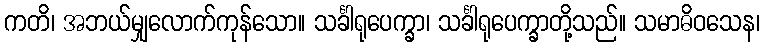
ကတိ၊ အဘယ်မျှလောက်ကုန်သော။ သင်္ခါရုပေက္ခာ၊ သင်္ခါရုပေက္ခာတို့သည်။ သမာဓိဝသေန၊